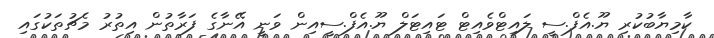
ކާމިޔާބުކުރި ޔޫ.އެފް.ސީ ލައިޓްވެއިޓް ޓައިޓަލް ޔޫ.އެފް.ސީއިން ވަނީ އޭނާގެ ފަރާތުން އިތުރު މެޗުތަކުގައި